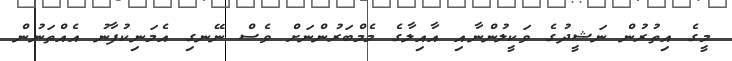
މީގެ އިތުރުން ނަޝީދުގެ ވަކީލުންނާއި އާއިލާގެ މެމްބަރުންނަށް ވެސް ނޭނގި އެމަނިކުފާނު އެއްތަނުން